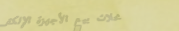
محلات بيع الأجهزة الإلكتر